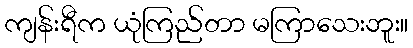
ကျန်းရီက ယုံကြည်တာ မကြာသေးဘူး။